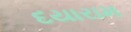
દયારામ